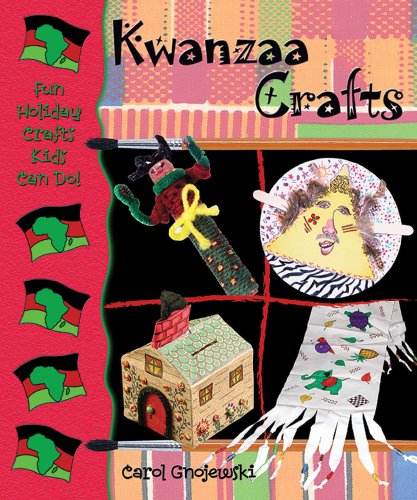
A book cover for Kwanzaa Crafts (Fun Holiday Crafts Kids Can Do); Carol Gnojewski; Children's Books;